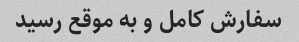
سفارش کامل و به موقع رسید